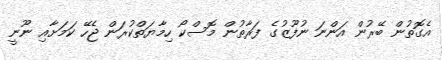
އެގޮތުން ބޭރުން އަންނަ ނުފޫޒުގެ ފަރާތުން މޮސްކޯ ހިމާޔަތްކުރަން ޖެހޭ ކަމަށާއި ނޫނީ